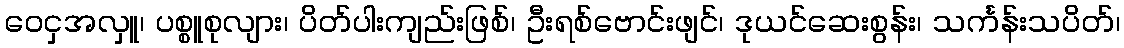
ဝေငှအလှူ၊ ပစ္စူစုလျား၊ ပိတ်ပါးကျည်းဖြစ်၊ ဦးရစ်ဗောင်းဖျင်၊ ဒုယင်ဆေးစွန်း၊ သင်္ကန်းသပိတ်၊